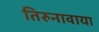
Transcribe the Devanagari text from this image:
तिरुनावाया